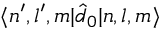
\langle n ^ { \prime } , l ^ { \prime } , m | \hat { d } _ { 0 } | n , l , m \rangle